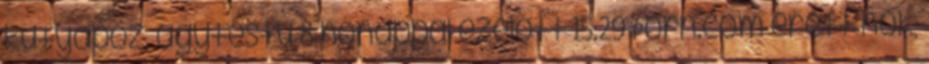
kutyapóz, agytestű 8 hónappal ezelőtt 15:29 Porn.com érett nők,